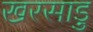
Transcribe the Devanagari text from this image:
खरसाड़ु